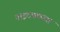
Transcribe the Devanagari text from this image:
नाइटक्लब्स